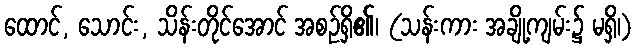
ထောင်, သောင်း, သိန်းတိုင်အောင် အစဉ်ရှိ၏၊ (သန်းကား အချို့ကျမ်း၌ မရှိ၊)